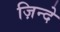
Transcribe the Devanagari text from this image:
ज़िन्दे